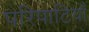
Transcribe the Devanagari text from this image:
परिपाटियाँ